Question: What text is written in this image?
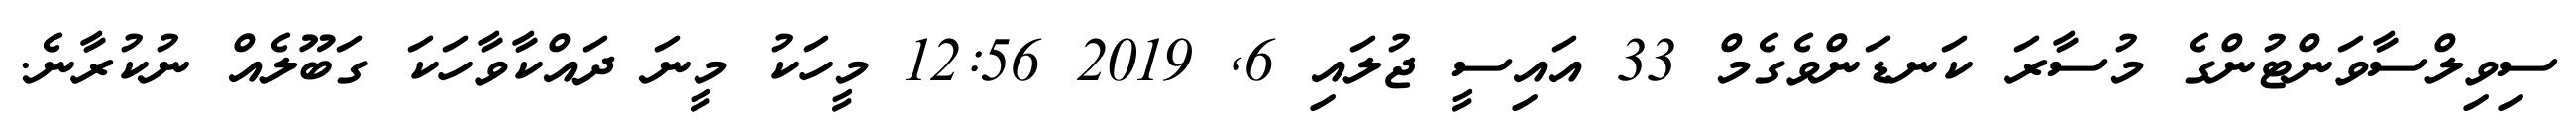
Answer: ސިވިލްސާވަންޓުންގެ މުސާރަ ކަނޑަންވެގެމް 33 އައިސީ ޖުލައި 6, 2019 12:56 މީހަކު މީނަ ދައްކާވާހަކަ ގަބޫލެއް ނުކުރާނެ.